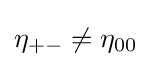
\eta _{+-}\neq \eta _{00}